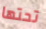
تحتها